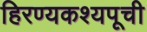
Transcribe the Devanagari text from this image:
हिरण्यकश्यपूची